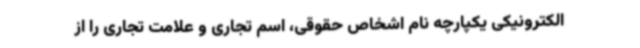
الکترونیکی یکپارچه نام اشخاص حقوقی، اسم تجاری و علامت تجاری را از